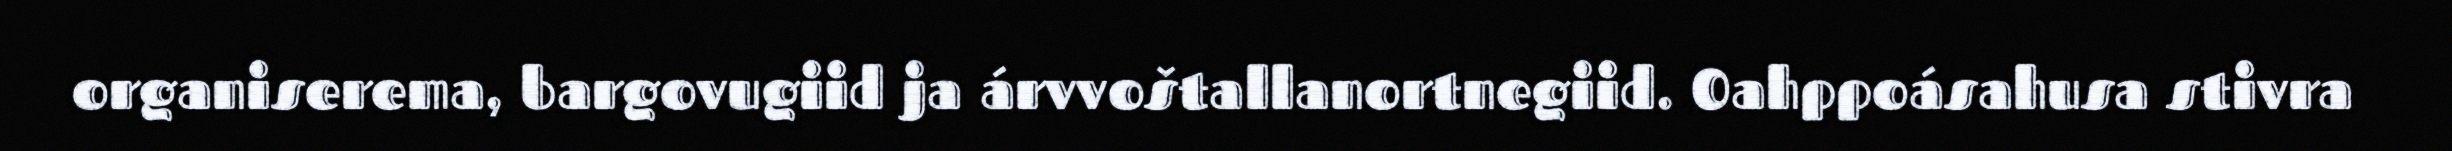
organiserema, bargovugiid ja árvvoštallanortnegiid. Oahppoásahusa stivra